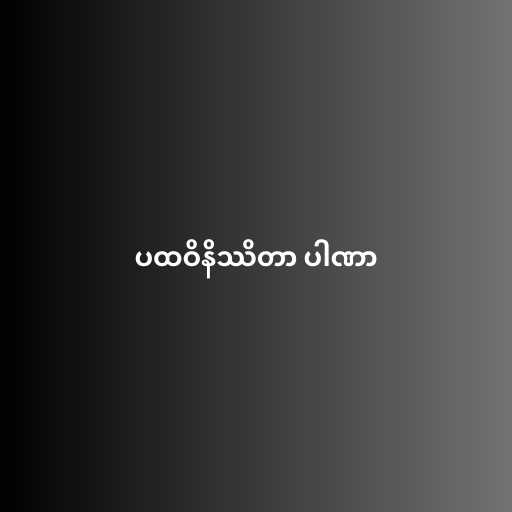
ပထဝိနိဿိတာ ပါဏာ